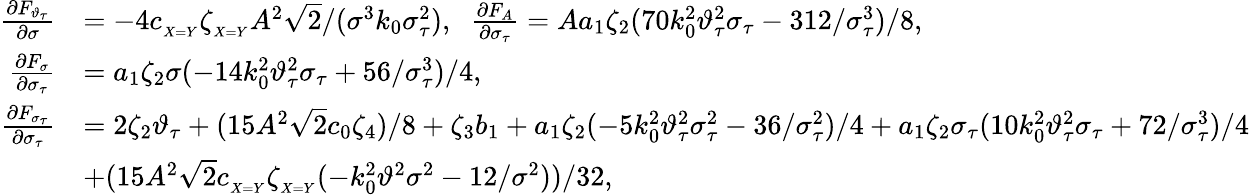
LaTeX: \begin{array}{rl}{\frac{\partial F_{\vartheta_{\tau}}}{\partial\sigma}}&{=-4c_{_{X=Y}}\zeta_{_{X=Y}}A^{2}\sqrt{2}/(\sigma^{3}k_{0}\sigma_{\tau}^{2}),\; \; \frac{\partial F_{A}}{\partial\sigma_{\tau}}=Aa_{1}\zeta_{2}(70k_{0}^{2}\vartheta_{\tau}^{2}\sigma_{\tau}-312/\sigma_{\tau}^{3})/8,}\\ {\frac{\partial F_{\sigma}}{\partial\sigma_{\tau}}}&{=a_{1}\zeta_{2}\sigma(-14k_{0}^{2}\vartheta_{\tau}^{2}\sigma_{\tau}+56/\sigma_{\tau}^{3})/4,}\\ {\frac{\partial F_{\sigma_{\tau}}}{\partial\sigma_{\tau}}}&{=2\zeta_{2}\vartheta_{\tau}+(15A^{2}\sqrt{2}c_{0}\zeta_{4})/8+\zeta_{3}b_{1}+a_{1}\zeta_{2}(-5k_{0}^{2}\vartheta_{\tau}^{2}\sigma_{\tau}^{2}-36/\sigma_{\tau}^{2})/4+a_{1}\zeta_{2}\sigma_{\tau}(10k_{0}^{2}\vartheta_{\tau}^{2}\sigma_{\tau}+72/\sigma_{\tau}^{3})/4}\\ &{+(15A^{2}\sqrt{2}c_{_{X=Y}}\zeta_{_{X=Y}}(-k_{0}^{2}\vartheta^{2}\sigma^{2}-12/\sigma^{2}))/32,}\end{array}